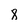
Character: 8